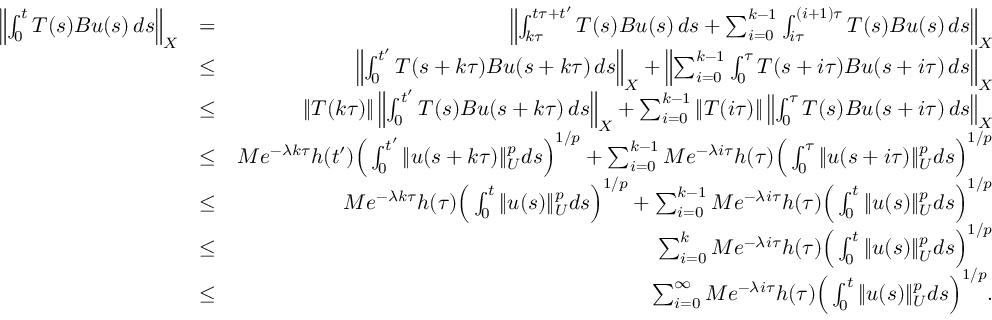
\begin{array} { r l r } { \left\| \int _ { 0 } ^ { t } T ( s ) B u ( s ) \, d s \right\| _ { X } } & { = } & { \left\| \int _ { k \tau } ^ { t \tau + t ^ { \prime } } T ( s ) B u ( s ) \, d s + \sum _ { i = 0 } ^ { k - 1 } \int _ { i \tau } ^ { ( i + 1 ) \tau } T ( s ) B u ( s ) \, d s \right\| _ { X } } \\ & { \leq } & { \left\| \int _ { 0 } ^ { t ^ { \prime } } T ( s + k \tau ) B u ( s + k \tau ) \, d s \right\| _ { X } + \left\| \sum _ { i = 0 } ^ { k - 1 } \int _ { 0 } ^ { \tau } T ( s + i \tau ) B u ( s + i \tau ) \, d s \right\| _ { X } } \\ & { \leq } & { \| T ( k \tau ) \| \left\| \int _ { 0 } ^ { t ^ { \prime } } T ( s ) B u ( s + k \tau ) \, d s \right\| _ { X } + \sum _ { i = 0 } ^ { k - 1 } \| T ( i \tau ) \| \left\| \int _ { 0 } ^ { \tau } T ( s ) B u ( s + i \tau ) \, d s \right\| _ { X } } \\ & { \leq } & { M e ^ { - \lambda k \tau } h ( t ^ { \prime } ) \Big ( \int _ { 0 } ^ { t ^ { \prime } } \| u ( s + k \tau ) \| _ { U } ^ { p } d s \Big ) ^ { 1 / p } + \sum _ { i = 0 } ^ { k - 1 } M e ^ { - \lambda i \tau } h ( \tau ) \Big ( \int _ { 0 } ^ { \tau } \| u ( s + i \tau ) \| _ { U } ^ { p } d s \Big ) ^ { 1 / p } } \\ & { \leq } & { M e ^ { - \lambda k \tau } h ( \tau ) \Big ( \int _ { 0 } ^ { t } \| u ( s ) \| _ { U } ^ { p } d s \Big ) ^ { 1 / p } + \sum _ { i = 0 } ^ { k - 1 } M e ^ { - \lambda i \tau } h ( \tau ) \Big ( \int _ { 0 } ^ { t } \| u ( s ) \| _ { U } ^ { p } d s \Big ) ^ { 1 / p } } \\ & { \leq } & { \sum _ { i = 0 } ^ { k } M e ^ { - \lambda i \tau } h ( \tau ) \Big ( \int _ { 0 } ^ { t } \| u ( s ) \| _ { U } ^ { p } d s \Big ) ^ { 1 / p } } \\ & { \leq } & { \sum _ { i = 0 } ^ { \infty } M e ^ { - \lambda i \tau } h ( \tau ) \Big ( \int _ { 0 } ^ { t } \| u ( s ) \| _ { U } ^ { p } d s \Big ) ^ { 1 / p } . } \end{array}